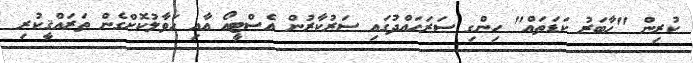
ކުރިން "ހާބަރު ކަޑަތައް" ހިންގި ސަރަހައްދުގައި ސަރުކާރުން އެސްޓީއޯ އާއި ހަވާލުކޮށްގެން ތަރައްޤީކުރި